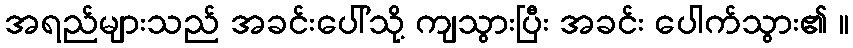
အရည်များသည် အခင်းပေါ်သို့ ကျသွားပြီး အခင်း ပေါက်သွား၏ ။